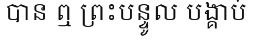
បាន ឮ ព្រះបន្ទូល បង្គាប់